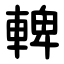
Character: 䡟